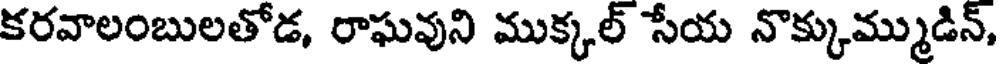
కరవాలంబులతోడ, రాఘవుని ముక్కల్ సేయ నొక్కుమ్ముడిన్,